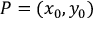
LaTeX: P = ( x _ { 0 } , y _ { 0 } )